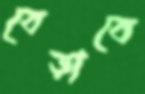
বেড়াবে